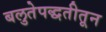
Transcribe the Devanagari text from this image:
बलुतेपद्धतीतून